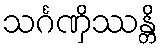
သင်္ဂဏှိဿန္တိ